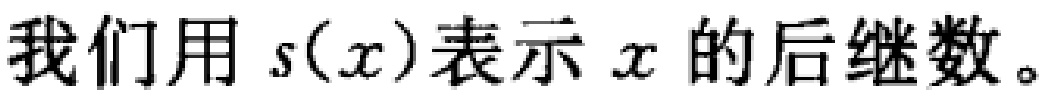
我们用 \(s(x)\)表示 \(x\) 的后继数。